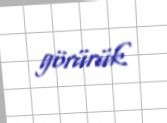
görürük.